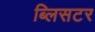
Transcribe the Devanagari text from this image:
ब्लिसटर